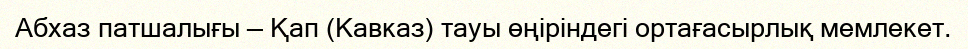
Абхаз патшалығы — Қап (Кавказ) тауы өңіріндегі ортағасырлық мемлекет.